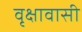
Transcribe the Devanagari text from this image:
वृक्षावासी